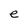
Character: e